Medical and sanitary report of the native army of Bengal for the year
Year: 1877
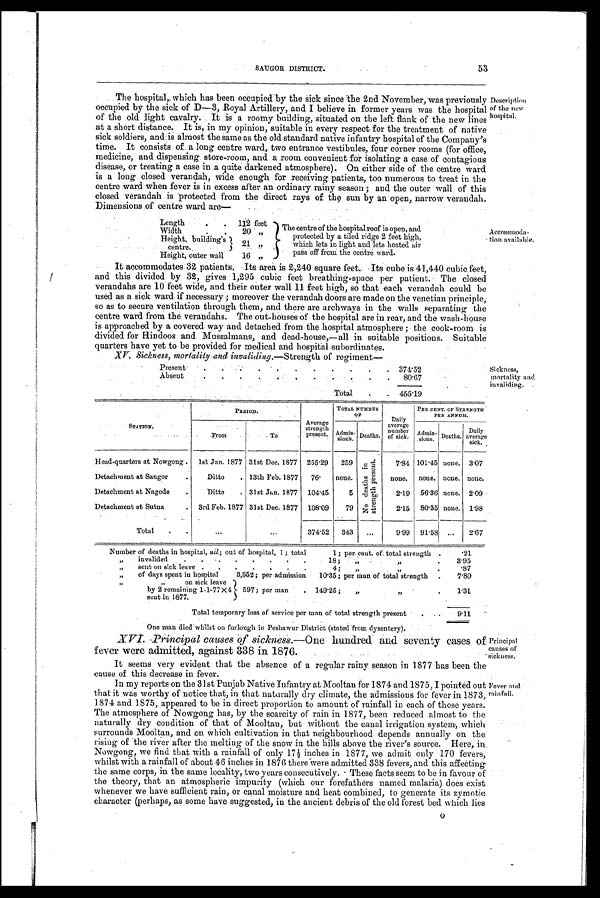
Principal
causes of
sickness.
F e v e r a n d r a i n f a l l .
SAUGOR DISTRICT. 53
The hospital, which has been occupied by the sick since the 2nd November, was previously
occupi ed by t he si ck of D-3 Royal Art i l l ery, and I bel i eve i n former years was t he hospi t al
of the old light cavalry. It is a roomy building, situated on the left flank of the new lines
at a short distance. It is, in my opinion, suitable in every respect for the treatment of native
sick soldiers, and is almost the same as the old standard native infantry hospital of the Company's
time. It consists of a long centre ward, two entrance vestibules, four corner rooms (for office,
medicine, and dispensing store-room, and a room convenient for isolating a case of contagions
disease, or treating a case in a quite darkened atmosphere). On either side of the centre ward
is a long closed verandah, wide enough for receiving patients, too numerous to treat in the
centre ward when fever is in excess after an ordinary rainy -season; and the outer wall of this
closed verandah is protected from the direct rays of the sun by an open, narrow verandah.
Dimensions of centre ward are—
Descri pt i on of t he new
hospital.
Length
112 feet
The centre of the hospital roof is open, and
protected. by a tiled ridge 2 feet high,
w h i c h l e t s i n l i g h t a n d l e t s h e a t e d a i r
pass off from the centre ward.
Width
20 ,,
Height, building's
centre.
21,,
Height. outer wall
16
,,
Accommoda-
tion available.
It accommodates 32 patients. Its area is 2,240 square feet. Its cube is 41,440 cubic feet,
and this divided by 32, gives 1,295 cubic feet breathing-space per patient. The closed
verandahs are 10 feet wide, and their outer wall 11 feet high, so that each verandah could be
used as a sick ward if necessary; moreover the verandah doors are made on the venetian principle,
so as to secure ventilation through them, and there are archways in the walls separating the
centre ward from the verandahs. The out-houses of the hospital are in rear, and the wash-house
is approached by a covered way and detached from the hospital atmosphere; the cook-room is
divided for Hindoos and Mussalmans, and dead-house,—all in suitable positions. Suitable
quarters have yet to be provided for medical and hospital—subordinates.
XV. Sickness, mortality and invaliding.— Strength of regiment—
Present
374.52
Absent
80.67
Total
455.19
Sickness,
mortality and
invaliding,
STATION.
P E R I O D .
Average
strength
present.
TOTAL NUMBER
OF
Daily
average
number
of sick.
PER CENT. OF STRENGTH
PER ANNUM.
From
To
Admis s i o n s . Deaths.
Daily
average
sick.
Admi
s s i o n s . Deaths.
Head-quarters at Nowgong
1st Jan. 1877 31st Dec. 1877 255 .29
259
N o d e a t h s i n s t r e n g t h p r e s e n t .
7.84 101 .45 none. 3.07
Detachment at Saugor
Ditto
13th Feb. 1877
7 6 .
none.
none.
none. none. none.
Detachment at Nagode
Ditto
31st Jan. 1877 104.45
5
2.19 56. 36 none. 2.09
Detachment at Sutna
3rd Feb. 1877 31st Dec. 1877 108.09
79
2.15 80.35 none. 1.98
Total
. . .
...
374.52
343
. . .
9.99 91.58 ...
2.67
Number of deaths in hospital, nil; out of hospital, 1 ; total
1; per cent. of total strength
.21
„
invalided
.
.
.
.
.
.
.
.
18; "
"
3.95
„
sent on sick leave .
.
.
.
.
.
.
4;
"
"
. 8 7
„
of days spent in hospital
3,552; per admission
10.35; per man of total strength
7.80
,, ,,
on sick leave
597; per man
149.25;
,, ,,
1.31
by 2 remaining 1.1.77 X4
sent in 1877.
Total temporary loss of service per man of total strength present
9.11
One man died whilst on furlough in Peshawur District (stated from dysentery).
XVI. Principal causes of sickness.—One
hundred and seventy cases of
fever were admitted, against 338 in 1876.
It seems very evident that the absence of a regular rainy season in 1877 has been the
cause of this decrease in fever.
In my reports on the 31st Punjab Native Infantry at Mooltan for 1874 and 1875, I pointed out
that it was worthy of notice that, in that naturally dry climate, the admissions for fever in 1873,
1874 and 1875, appeared to be in direct proportion to amount of rainfall in each of those years.
The atmosphere of Nowgong has, by the scarcity of rain in 1877, been reduced almost to the
naturally dry condition of that of Mooltan, but without the canal irrigation system, which
surrounds Mooltan, and on which cultivation in that neighbourhood depends annually on the
rising of the river after the melting of the snow in the hills above the river's source. Here, in
Nowgong, we find that with a rainfall of only 17½ inches in 1877, we admit only 170 fevers,
whilst with a rainfall of about 46 inches in 1876 there were admitted 338 fevers, and this affecting
the same corps, in the same locality, two years consecutively. These facts seem to be in favour of
the theory, that an atmospheric impurity (which our forefathers named malaria) does exist
whenever we have sufficient rain, or canal moisture and heat combined, to generate its zymotie
character (perhaps, as some have suggested, in the ancient debris of the old forest bed which lies
O